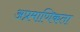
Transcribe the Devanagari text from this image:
अप्रमाणिकता